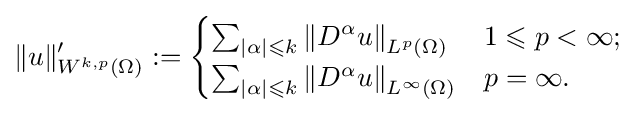
\|u\|'_{W^{k,p}(\Omega )}:={\begin{cases}\sum _{|\alpha |\leqslant k}\left\|D^{\alpha }u\right\|_{L^{p}(\Omega )}&1\leqslant p<\infty ;\\\sum _{|\alpha |\leqslant k}\left\|D^{\alpha }u\right\|_{L^{\infty }(\Omega )}&p=\infty .\end{cases}}